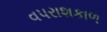
વપરાશકાળ